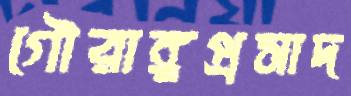
গৌরাঙ্গপ্রসাদ